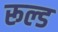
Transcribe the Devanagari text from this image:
रूल्ड